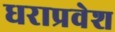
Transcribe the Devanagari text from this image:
धराप्रवेश